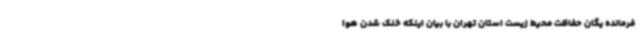
فرمانده یگان حفاظت محیط زیست استان تهران با بیان اینکه خنک شدن هوا